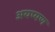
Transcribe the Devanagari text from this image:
अयप्पण